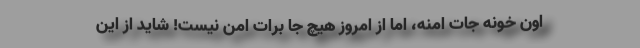
اون خونه جات امنه، اما از امروز هیچ جا برات امن نیست! شاید از این